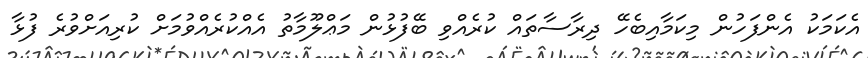
އެކަމަކު އެންފަހުން މިކަމާއިބެހޭ ދިރާސާތައް ކުރެއްވި ބޭފުޅުން މަޢްލޫމާތު އެއްކުރެއްވުމަށް ކުރިއަށްވުރެ ފުޅާ